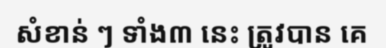
សំខាន់ ៗ ទាំង៣ នេះ ត្រូវបាន គេ